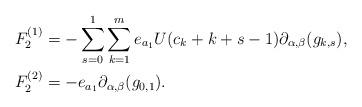
LaTeX: \begin{align*}F_{2}^{(1)} & =-\sum_{s=0}^{1}\sum_{k=1}^{m}e_{a_{1}}U(c_{k}+k+s-1)\partial_{\alpha,\beta}(g_{k,s}),\\F_{2}^{(2)} & =-e_{a_{1}}\partial_{\alpha,\beta}(g_{0,1}).\end{align*}